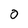
Character: 0